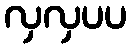
လှလှပပ